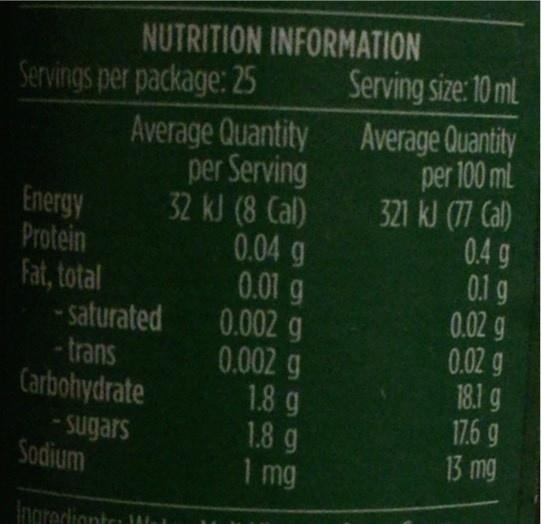
Servings per package: 25
Energy Protein
Fat, total
NUTRITION INFORMATION
Average Quantity
per Serving
32 kJ (8 Cal)
-saturated
-trans Carbohydrate
- sugars
Sodium
Ingredients: W
0.04 g
0.01 g
0.002 g
0.002 g
1.8 g
1.8 g
1 mg
Serving size: 10 mL
Average Quantity
per 100 ml
321 kJ (77 Cal)
0.4 g
0.1 g
0.02 g
0.02 g
18.1 g
17.6 9
13 mg